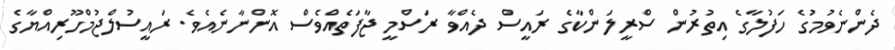
ދެންނެވުމުގެ ހަފުލާގެ އިތުރުން ސްރީލަންކާގެ ރައީސް ދެއްވާ ރަސްމީ ޖާފަތެއްވެސް އޮންނާނެއެވެ. ރައީސުލްޖުމްހޫރިއްޔާގެ